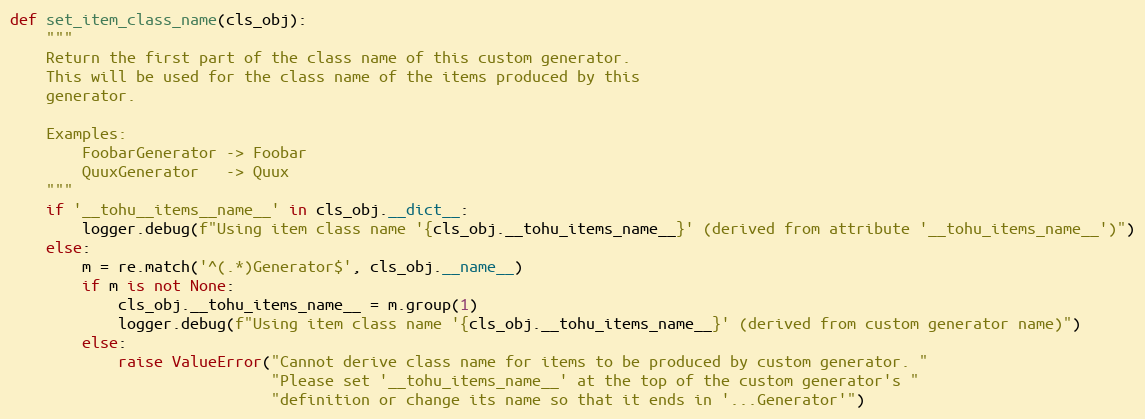
Language: Python
def set_item_class_name(cls_obj):
    """
    Return the first part of the class name of this custom generator.
    This will be used for the class name of the items produced by this
    generator.

    Examples:
        FoobarGenerator -> Foobar
        QuuxGenerator   -> Quux
    """
    if '__tohu__items__name__' in cls_obj.__dict__:
        logger.debug(f"Using item class name '{cls_obj.__tohu_items_name__}' (derived from attribute '__tohu_items_name__')")
    else:
        m = re.match('^(.*)Generator$', cls_obj.__name__)
        if m is not None:
            cls_obj.__tohu_items_name__ = m.group(1)
            logger.debug(f"Using item class name '{cls_obj.__tohu_items_name__}' (derived from custom generator name)")
        else:
            raise ValueError("Cannot derive class name for items to be produced by custom generator. "
                             "Please set '__tohu_items_name__' at the top of the custom generator's "
                             "definition or change its name so that it ends in '...Generator'")